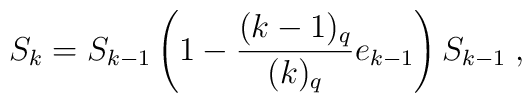
S_{k}=S_{k-1}\left(1-\frac{(k-1)_{q}}{(k)_{q}}e_{k-1}\right)S_{k-1}\;,